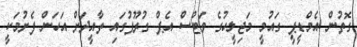
ގޮތުން އެމްޑީޕީ ގައުމީ މަޖިލީހުގެ ވަޓްސް އެޕް ގުރޫޕުގައި ތާއީދަށް އަހަން ފެށުމަކީ